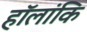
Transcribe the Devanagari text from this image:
हॉलांकि